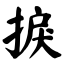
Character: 捩